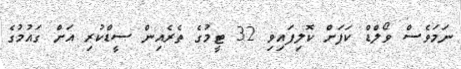
ނަމަވެސް ވޯލްޑް ކަޕަށް ކޮލިފައިވި 32 ޓީމުގެ ތެރެއިން ސީޑްކުރި އަށް ގައުމުގެ